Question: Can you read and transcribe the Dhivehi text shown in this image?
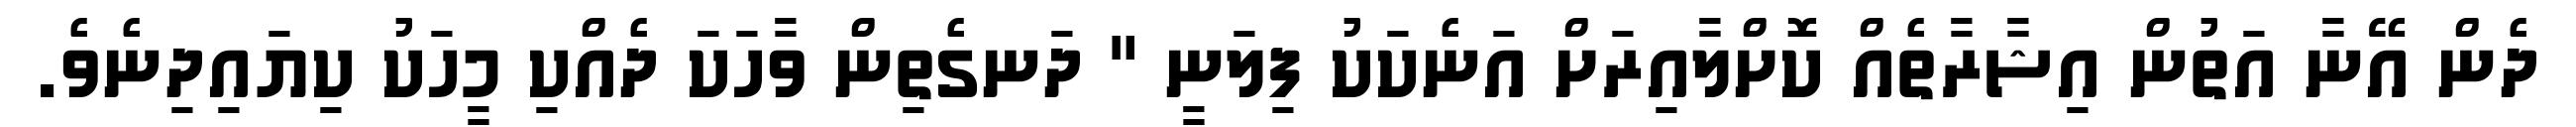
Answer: ދެން އޭނާ އަތުން އިޝާރާތެއް ކޮށްލާއިރަށް އަނެކަކު ފިލަނީ " ދަނގެތިން ވާހަކަ ދެއްކި މީހަކު ކިޔައިދިނެވެ.